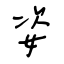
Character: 姿